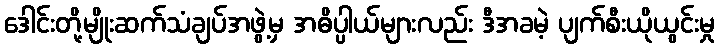
ဒေါင်းတို့မျိုးဆက်သံချပ်အဖွဲ့မှ အဓိပ္ပါယ်များလည်း ဒီအခမဲ့ ပျက်စီးယိုယွင်းမှု